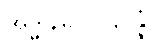
အဒ္ဓါနမဂ္ဂပ္ပဋိပန္နံ